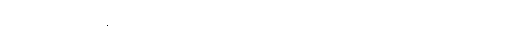
အဘိညာယ၊ လွန်စွာသိခြင်းငှာ။ နသံဝတ္တတိ၊ မဖြစ်။ သမ္ဗောဓာယ၊ မဂ်ဉာဏ်လေးပါး